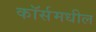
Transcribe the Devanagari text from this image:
कॉर्समधील